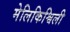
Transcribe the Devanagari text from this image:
मेलिकिश्विली